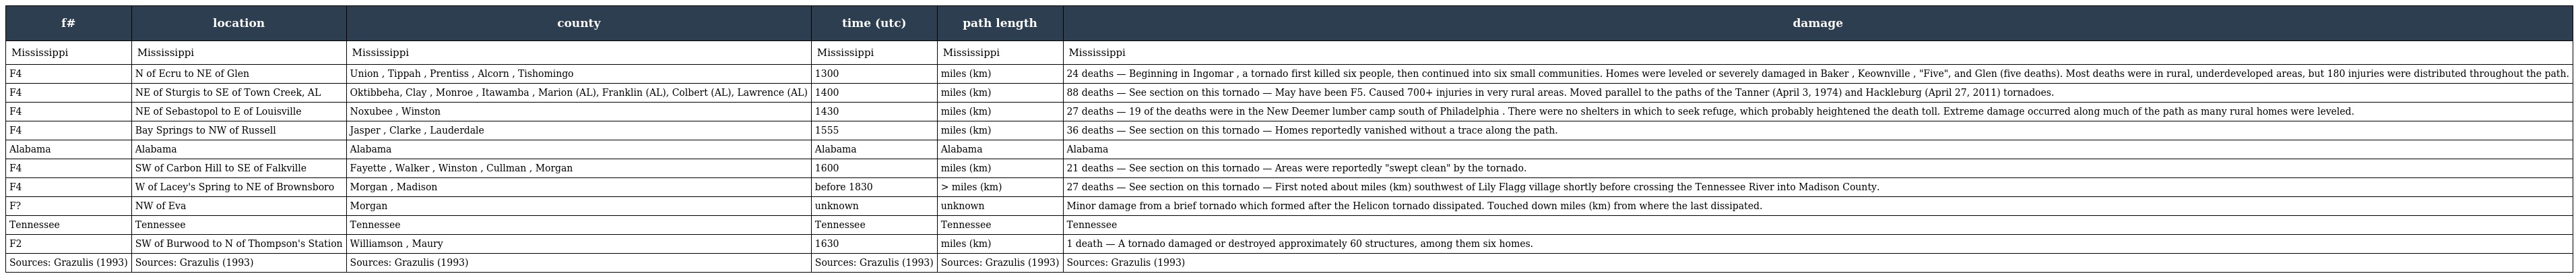
| f# | location | county | time (utc) | path length | damage |
 | --- | --- | --- | --- | --- | --- |
 | Mississippi | Mississippi | Mississippi | Mississippi | Mississippi | Mississippi |
 | F4 | N of Ecru to NE of Glen | Union , Tippah , Prentiss , Alcorn , Tishomingo | 1300 | miles (km) | 24 deaths — Beginning in Ingomar , a tornado first killed six people, then continued into six small communities. Homes were leveled or severely damaged in Baker , Keownville , "Five", and Glen (five deaths). Most deaths were in rural, underdeveloped areas, but 180 injuries were distributed throughout the path. |
 | F4 | NE of Sturgis to SE of Town Creek, AL | Oktibbeha, Clay , Monroe , Itawamba , Marion (AL), Franklin (AL), Colbert (AL), Lawrence (AL) | 1400 | miles (km) | 88 deaths — See section on this tornado — May have been F5. Caused 700+ injuries in very rural areas. Moved parallel to the paths of the Tanner (April 3, 1974) and Hackleburg (April 27, 2011) tornadoes. |
 | F4 | NE of Sebastopol to E of Louisville | Noxubee , Winston | 1430 | miles (km) | 27 deaths — 19 of the deaths were in the New Deemer lumber camp south of Philadelphia . There were no shelters in which to seek refuge, which probably heightened the death toll. Extreme damage occurred along much of the path as many rural homes were leveled. |
 | F4 | Bay Springs to NW of Russell | Jasper , Clarke , Lauderdale | 1555 | miles (km) | 36 deaths — See section on this tornado — Homes reportedly vanished without a trace along the path. |
 | Alabama | Alabama | Alabama | Alabama | Alabama | Alabama |
 | F4 | SW of Carbon Hill to SE of Falkville | Fayette , Walker , Winston , Cullman , Morgan | 1600 | miles (km) | 21 deaths — See section on this tornado — Areas were reportedly "swept clean" by the tornado. |
 | F4 | W of Lacey's Spring to NE of Brownsboro | Morgan , Madison | before 1830 | > miles (km) | 27 deaths — See section on this tornado — First noted about miles (km) southwest of Lily Flagg village shortly before crossing the Tennessee River into Madison County. |
 | F? | NW of Eva | Morgan | unknown | unknown | Minor damage from a brief tornado which formed after the Helicon tornado dissipated. Touched down miles (km) from where the last dissipated. |
 | Tennessee | Tennessee | Tennessee | Tennessee | Tennessee | Tennessee |
 | F2 | SW of Burwood to N of Thompson's Station | Williamson , Maury | 1630 | miles (km) | 1 death — A tornado damaged or destroyed approximately 60 structures, among them six homes. |
 | Sources: Grazulis (1993) | Sources: Grazulis (1993) | Sources: Grazulis (1993) | Sources: Grazulis (1993) | Sources: Grazulis (1993) | Sources: Grazulis (1993) |